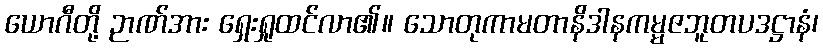
ယောဂီတို့ ဉာဏ်အား ရှေးရှုထင်လာ၏။ သောတုကာမတာနိဒါနကမ္မဇဘူတပဒဋ္ဌာနံ၊